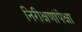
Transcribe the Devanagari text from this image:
निरीक्षणांपेक्षा